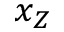
x _ { Z }